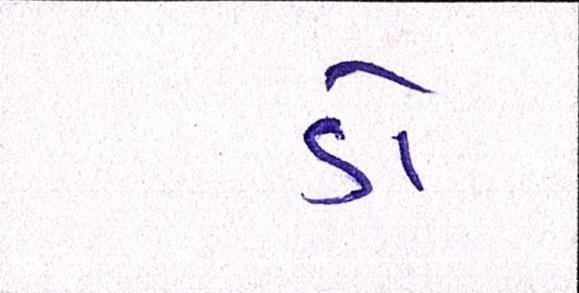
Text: ડૉ